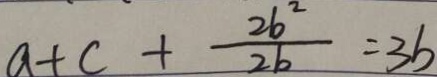
a + c + \frac { 2 b ^ { 2 } } { 2 b } = 3 b